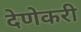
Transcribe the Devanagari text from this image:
देणेकरी